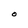
Character: O